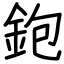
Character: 鉋